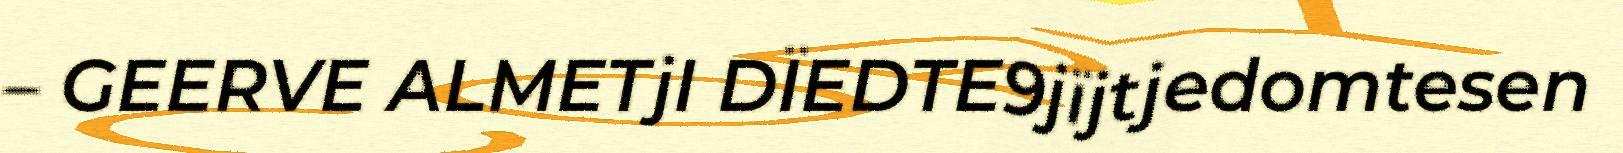
– GEERVE ALMETjI DÏEDTE9jïjtjedomtesen